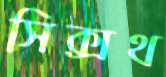
সিক্সথ